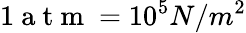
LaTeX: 1\mathrm{~a~t~m~}=10^{5}N/m^{2}